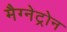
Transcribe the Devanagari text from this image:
मैग्नेट्रोन